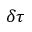
\delta \tau